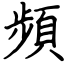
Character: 頻